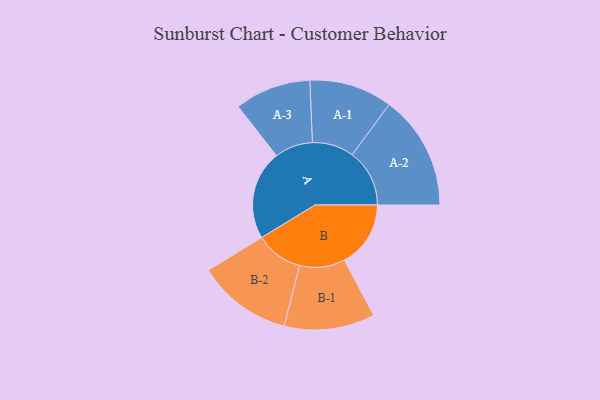
{"axis": {"x": "Segment", "y": "Value"}, "legend": ["", "A", "B"], "data": [{"x": "A", "y": 288, "type": ""}, {"x": "B", "y": 214, "type": ""}, {"x": "A-1", "y": 134, "type": "A"}, {"x": "A-2", "y": 185, "type": "A"}, {"x": "A-3", "y": 123, "type": "A"}, {"x": "B-1", "y": 146, "type": "B"}, {"x": "B-2", "y": 153, "type": "B"}]}